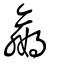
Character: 嬴